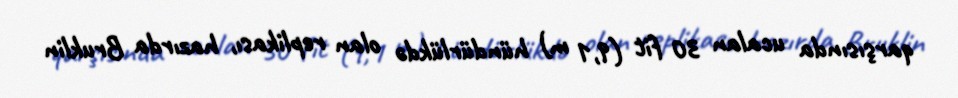
qarşısında ucalan 30 fit (9,1 m) hündürlükdə olan replikası, hazırda Bruklin